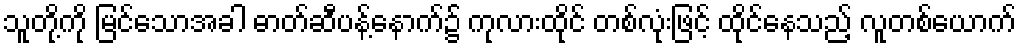
သူတို့ကို မြင်သောအခါ ဓာတ်ဆီပန့်နောက်၌ ကုလားထိုင် တစ်လုံးဖြင့် ထိုင်နေသည့် လူတစ်ယောက်